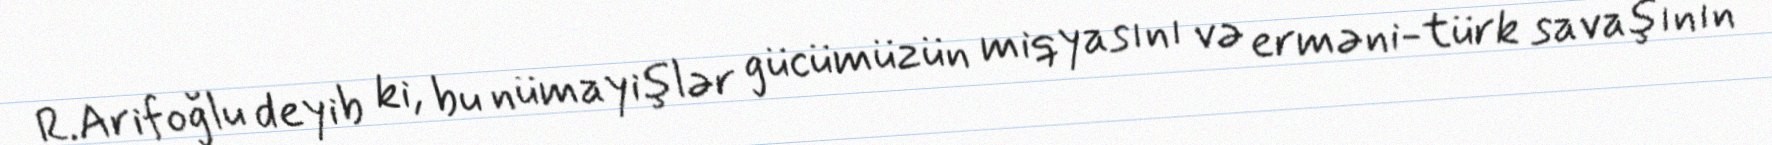
R.Arifoğlu deyib ki, bu nümayişlər gücümüzün miqyasını və erməni-türk savaşının